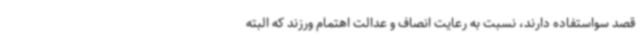
قصد سواستفاده دارند، نسبت به رعایت انصاف و عدالت اهتمام ورزند که البته